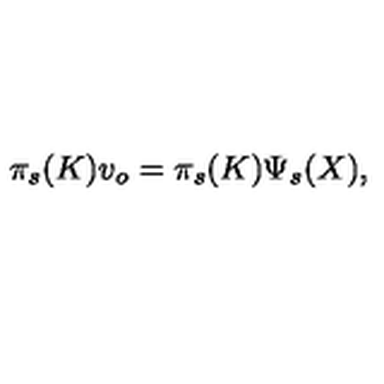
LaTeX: \pi _ { s } ( K ) v _ { o } = \pi _ { s } ( K ) \Psi _ { s } ( X ) ,